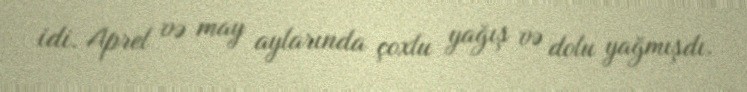
idi. Aprel və may aylarında çoxlu yağış və dolu yağmışdı.